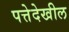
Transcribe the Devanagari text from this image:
पत्तेदेखील